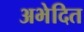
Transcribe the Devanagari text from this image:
अभेदित